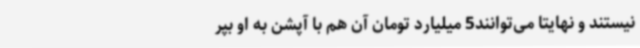
نیستند و نهایتاً می‌توانند5 میلیارد تومان آن هم با آپشن به او بپر